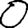
Digit: 0